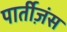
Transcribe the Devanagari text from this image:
पार्तीज़ंस